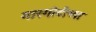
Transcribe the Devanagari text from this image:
गारगोटीच्या